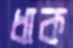
ধাক